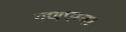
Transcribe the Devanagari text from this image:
गणपम्बा